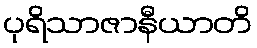
ပုရိသာဇာနီယာတိ